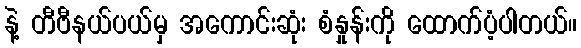
နဲ့ တီဗီနယ်ပယ်မှ အကောင်းဆုံး စံနှုန်းကို ထောက်ပံ့ပါတယ်။